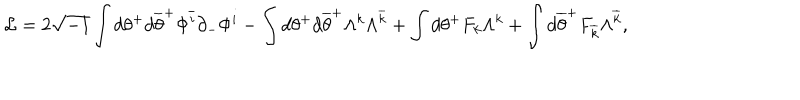
{ \cal L } = 2 \sqrt { - 1 } \int d \theta ^ { + } d \overline { { { \theta } } } ^ { + } \Phi ^ { \overline { { { i } } } } \partial _ { - } \Phi ^ { i } - \int d \theta ^ { + } d \overline { { { \theta } } } ^ { + } \Lambda ^ { k } \Lambda ^ { \overline { { { k } } } } + \int d \theta ^ { + } F _ { k } \Lambda ^ { k } + \int d \overline { { { \theta } } } ^ { + } F _ { \overline { { { k } } } } \Lambda ^ { \overline { { { k } } } } ,